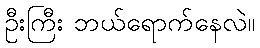
ဦးကြီး ဘယ်ရောက်နေလဲ။